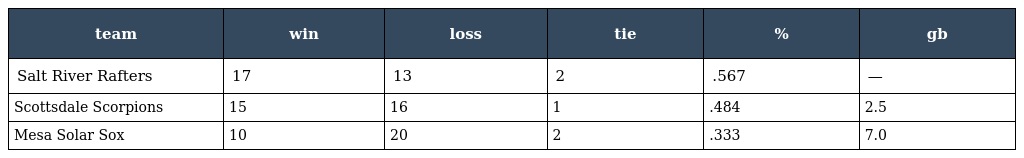
| team | win | loss | tie | % | gb |
 | --- | --- | --- | --- | --- | --- |
 | Salt River Rafters | 17 | 13 | 2 | .567 | — |
 | Scottsdale Scorpions | 15 | 16 | 1 | .484 | 2.5 |
 | Mesa Solar Sox | 10 | 20 | 2 | .333 | 7.0 |